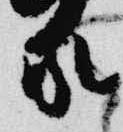
家